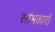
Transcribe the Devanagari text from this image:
स्‍तंभकारों